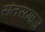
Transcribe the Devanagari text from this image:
संतसमाज